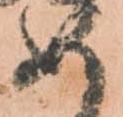
め